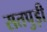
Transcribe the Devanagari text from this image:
सतपुड़ी